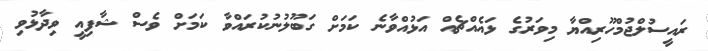
ރައީސުލްޖުމްހޫރިއްޔާ މިވަރުގެ ޅައެއްޗެއް އަޅުއްވާނެ ކަމަށް ގަބޫލުނުކުރައްވާ ކަމަށް ވެސް ޝާފިއީ ވިދާޅުވި